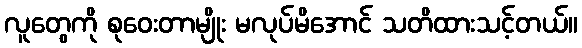
လူတွေကို စုဝေးတာမျိုး မလုပ်မိအောင် သတိထားသင့်တယ်။